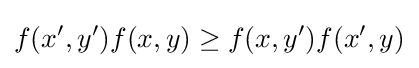
f({x}',{y}')f(x,y)\geq f(x,{y}')f({x}',y)